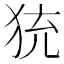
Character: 𤞀